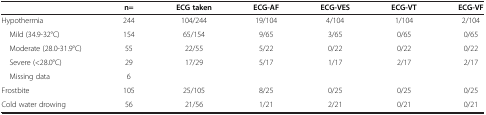
|  | n= | ECG taken | ECG-AF | ECG-VES | ECG-VT | ECG-VF |
 | --- | --- | --- | --- | --- | --- | --- |
 | Hypothermia | 244 | 104/244 | 19/104 | 4/104 | 1/104 | 2/104 |
 | Mild (34.9-32°C) | 154 | 65/154 | 9/65 | 3/65 | 0/65 | 0/65 |
 | Moderate (28.0-31.9°C) | 55 | 22/55 | 5/22 | 0/22 | 0/22 | 0/22 |
 | Severe (<28.0°C) | 29 | 17/29 | 5/17 | 1/17 | 2/17 | 2/17 |
 | Missing data | 6 |  |  |  |  |  |
 | Frostbite | 105 | 25/105 | 8/25 | 0/25 | 0/25 | 0/25 |
 | Cold water drowing | 56 | 21/56 | 1/21 | 2/21 | 0/21 | 0/21 |